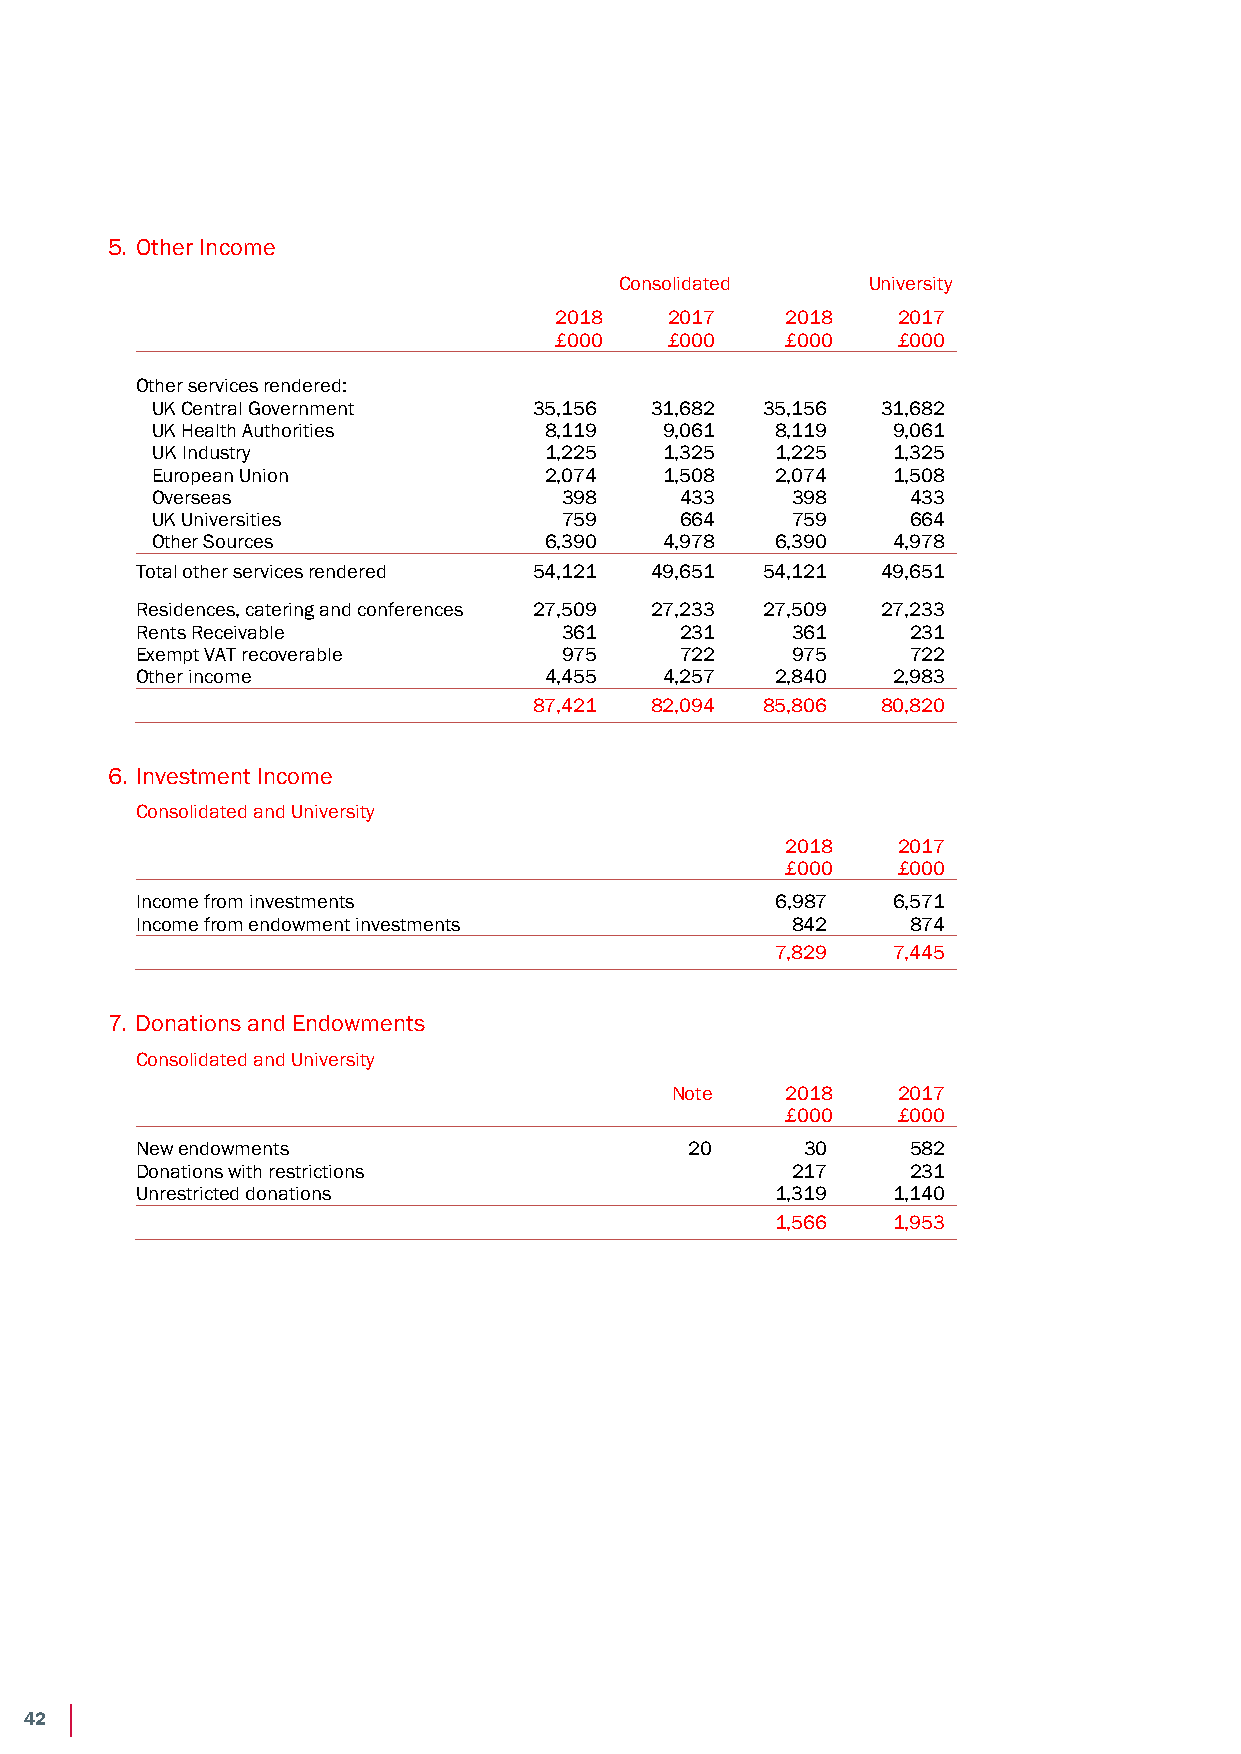
Notes to the Financial Statements
 Year ended 31 July 2018
 5. Other Income
 Consolidated    University
 2018   2017    2018   2017
 £000   £000    £000   £000
 Other services rendered:
 UK Central Government    35,156  31,682 35,156  31,682
 UK Health Authorities     8,119   9,061  8,119   9,061
 UK Industry               1,225   1,325  1,225   1,325
 European Union            2,074   1,508  2,074   1,508
 Overseas                   398     433    398     433
 UK Universities            759     664    759     664
 Other Sources             6,390   4,978  6,390   4,978
 Total other services rendered 54,121 49,651 54,121 49,651
 Residences, catering and conferences 27,509 27,233 27,509 27,233
 Rents Receivable            361     231    361     231
 Exempt VAT recoverable      975     722    975     722
 Other income               4,455   4,257  2,840   2,983
 87,421  82,094 85,806  80,820
 6. Investment Income
 Consolidated and University
 2018   2017
 £000   £000
 Income from investments                   6,987   6,571
 Income from endowment investments          842     874
 7,829   7,445
 7. Donations and Endowments
 Consolidated and University
 Note    2018   2017
 £000   £000
 New endowments                       20     30     582
 Donations with restrictions                217     231
 Unrestricted donations                    1,319   1,140
 1,566   1,953
 37
 42